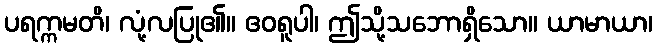
ပရက္ကမတိ၊ လုံ့လပြု၏။ ဧဝရူပါ၊ ဤသို့သဘောရှိသော။ ယာမာယာ၊